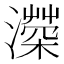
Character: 𤀻